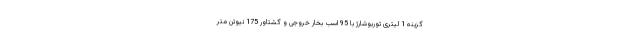
گزینه 1 لیتری توربوشارژ با 95 اسب بخار خروجی و گشتاور 175 نیوتن متر